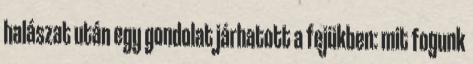
halászat után egy gondolat járhatott a fejükben: mit fogunk